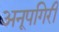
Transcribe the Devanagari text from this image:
अनूपगिरी